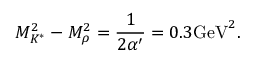
M _ { K ^ { * } } ^ { 2 } - M _ { \rho } ^ { 2 } = \frac { 1 } { 2 \alpha ^ { \prime } } = 0 . 3 \mathrm { G e V } ^ { 2 } .